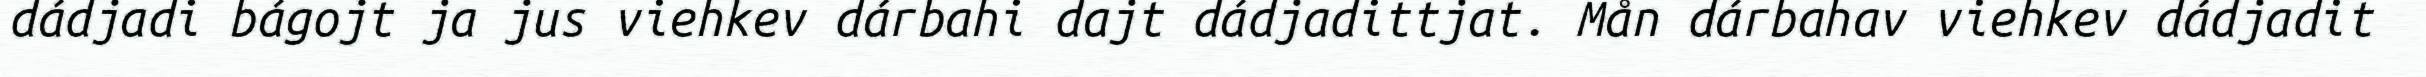
dádjadi bágojt ja jus viehkev dárbahi dajt dádjadittjat. Mån dárbahav viehkev dádjadit